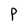
Character: P